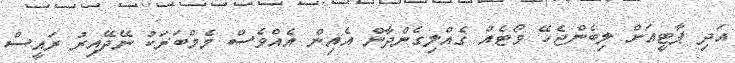
އަދި ޕާޓީއަށް ލިބެންޖެހޭ ވޯޓެއް ގެއްލިގެންދާން އެއިން އެއްވެސް މެމްބަރަކު ނޭދޭއިރު ރައީސް